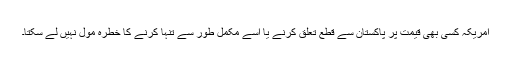
امریکہ کسی بھی قیمت پر پاکستان سے قطع تعلق کرنے یا اسے مکمل طور سے تنہا کرنے کا خطرہ مول نہیں لے سکتا۔